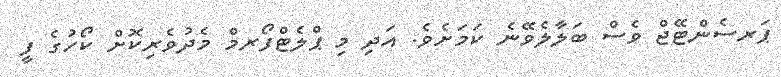
ޕަރސެންޓޭޖް ވެސް ބަލާލެވޭނެ ކަމަށެވެ. އަދި މި ޕްލެޓްފޯރމް މެދުވެރިކޮށް ކޯހުގެ ފީ